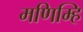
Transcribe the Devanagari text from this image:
मणिम्हि